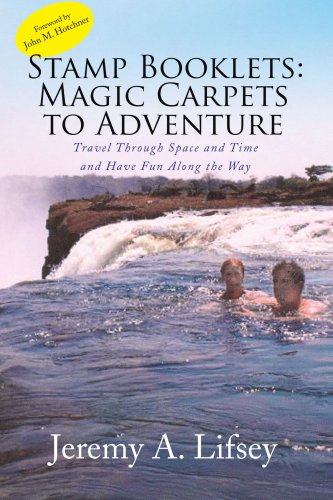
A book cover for Stamp Booklets: Magic Carpets to Adventure: Travel Through Space and Time and Have Fun Along the Way; Jeremy A. Lifsey; Crafts, Hobbies & Home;